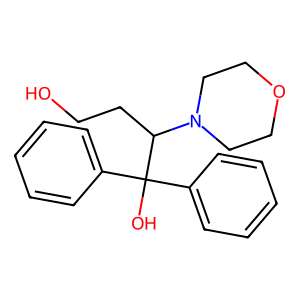
SMILES: OCCC(N1CCOCC1)C(O)(c1ccccc1)c1ccccc1
Inhibits HIV replication: No